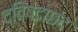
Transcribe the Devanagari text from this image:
द्विपदाछंद